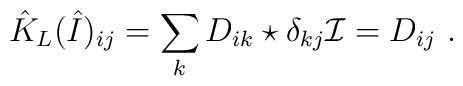
\hat{K}_L(\hat{I})_{ij}=\sum_k D_{ik}\star\delta_{kj} \mathcal{I}=D_{ij} \ .